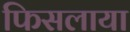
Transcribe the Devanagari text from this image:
फिसलाया